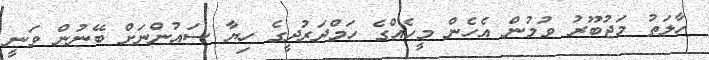
ހާލަތު މަޖުބޫރު ވުމުން އެހެން މީހެއްގެ ހަމްދަރުދީގެ ހިޔާ ސައުންނަށް ބޭނުން ވަނީ